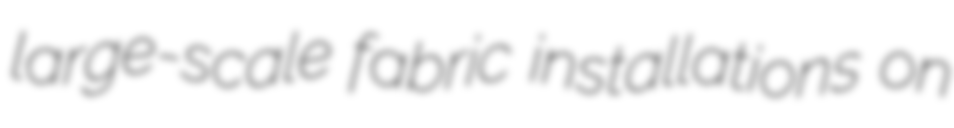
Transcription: large-scale fabric installations on